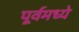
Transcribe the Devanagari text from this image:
पूर्वमध्ये